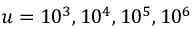
u = 1 0 ^ { 3 } , 1 0 ^ { 4 } , 1 0 ^ { 5 } , 1 0 ^ { 6 }